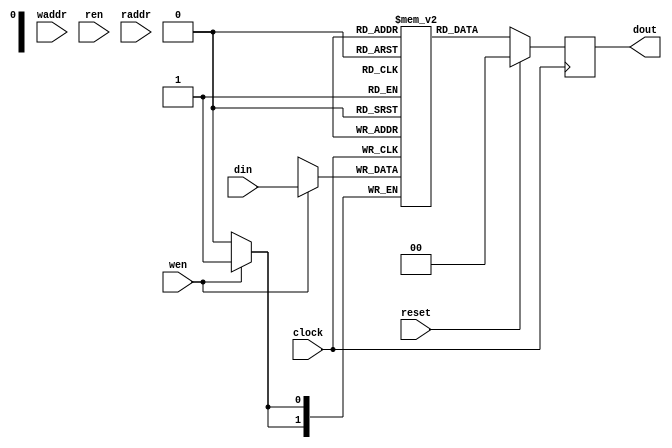

module DualPortedRamBB #(
 parameter addr_width = 0,
 parameter data_width = 0
)(
  input                  clock,
  input                  reset,
  input                  wen,
  input [addr_width-1:0] waddr,
  input [data_width-1:0] din,

  input                  ren,
  input [addr_width-1:0] raddr,
  output reg[data_width-1:0] dout
);
  (* ram_style = "ultra" *) reg[data_width-1:0] mem[0:(1 << addr_width)-1];
  always @(posedge clock) begin
    if(wen) begin
      mem[waddr] <= din;
    end
    dout <= mem[raddr];
    if(reset) begin
      dout <= 0;
    end
  end
endmodule